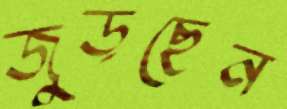
জুড়ছেন